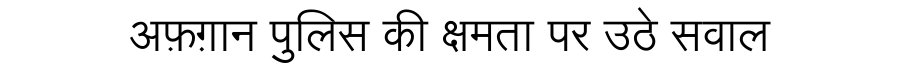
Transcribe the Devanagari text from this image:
अफ़ग़ान पुलिस की क्षमता पर उठे सवाल